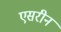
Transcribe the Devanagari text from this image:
एसरीन